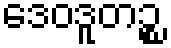
ဒေဝဒူတဉ္စ